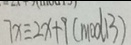
7 x \equiv 2 x + 9 ( m o d 1 3 )